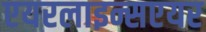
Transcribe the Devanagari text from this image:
एयरलाइन्सएयर